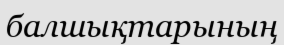
балшықтарының